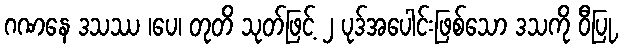
ဂဏနေ ဒသဿ ၊ပေ၊ တုတိ သုတ်ဖြင့် ၂ ပုဒ်အပေါင်းဖြစ်သော ဒသကို ဝီပြု,